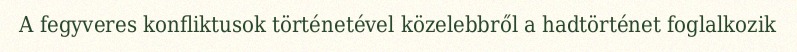
A fegyveres konfliktusok történetével közelebbről a hadtörténet foglalkozik